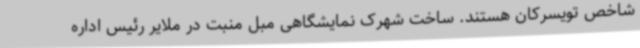
شاخص تویسرکان هستند. ساخت شهرک نمایشگاهی مبل منبت در ملایر رئیس اداره